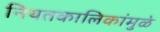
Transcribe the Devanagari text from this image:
नियतकालिकांमुळे